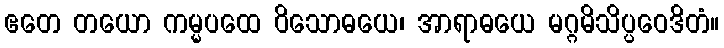
ဧတေ တယော ကမ္မပထေ ဝိသောဓယေ၊ အာရာဓယေ မဂ္ဂမိသိပ္ပဝေဒိတံ။